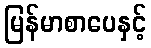
မြန်မာစာပေနှင့်